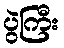
ပွဲကြီး